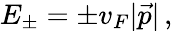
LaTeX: E_{\pm}=\pm v_{F}|\vec{p}|\, ,